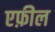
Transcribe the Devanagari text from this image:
एफ़ील